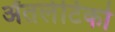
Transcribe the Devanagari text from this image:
ॲतलेटिको